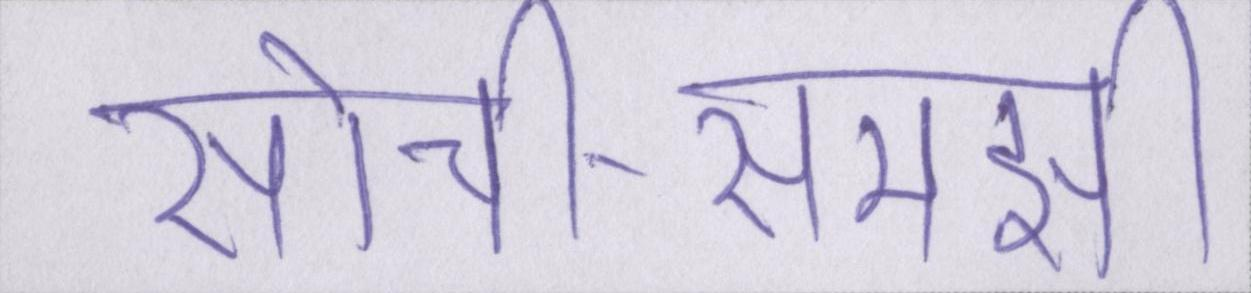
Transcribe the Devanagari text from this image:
सोची-समझी